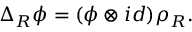
\Delta _ { R } \phi = ( \phi \otimes i d ) \rho _ { R } .